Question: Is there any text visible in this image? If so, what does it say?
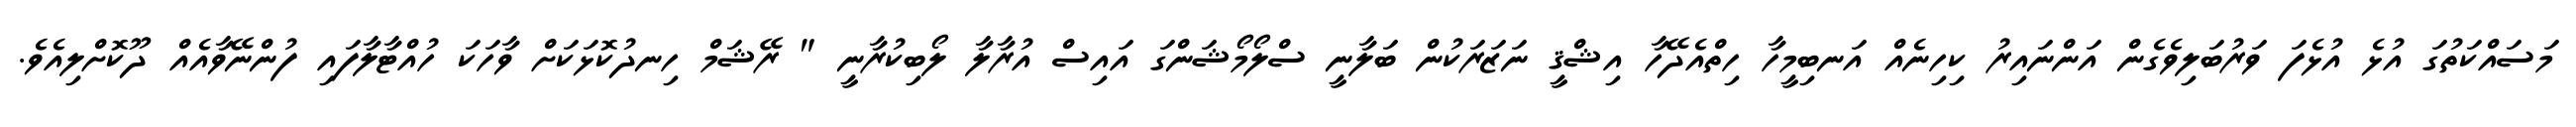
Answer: މަސައްކަތުގަ އުޅެ އުޅެފަ ވަރުބަލިވެގެން އަންނައިރު ކިހިނެއް އަނބިމީހާ ހިތްއެދޭހާ އިޝްޤީ ނަޒަރަކުން ބަލާނީ ސްލޯމޯޝަންގަ އައިސް އުރާލާ ލޯބިކުރާނީ " ރޭޝަމް ހިނދުކޮޅަކަށް ވާހަކަ ހުއްޓާލާފައި ފުންނޭވާއެއް ދޫކޮށްލިއެވެ.